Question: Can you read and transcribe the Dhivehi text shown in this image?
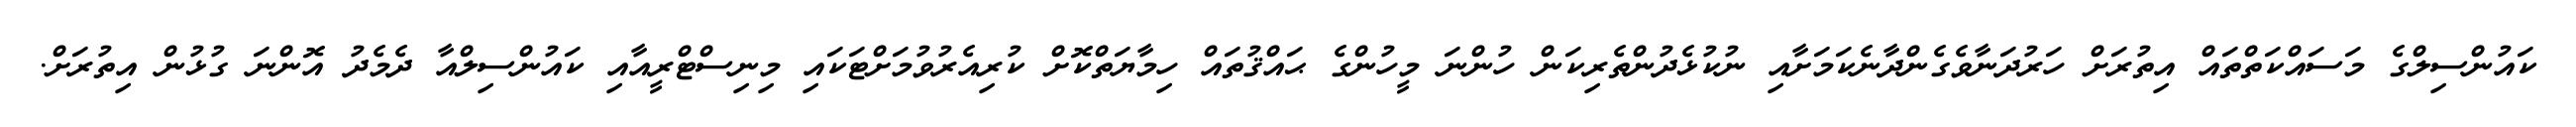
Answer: ކައުންސިލްގެ މަސައްކަތްތައް އިތުރަށް ހަރުދަނާވެގެންދާނެކަމަށާއި ނުކުޅެދުންތެރިކަން ހުންނަ މީހުންގެ ޙައްޤުތައް ހިމާޔަތްކޮށް ކުރިއެރުވުމަށްޓަކައި މިނިސްޓްރީއާއި ކައުންސިލްއާ ދެމެދު އޮންނަ ގުޅުން އިތުރަށް.